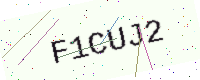
Text: F1CUJ2